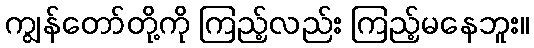
ကျွန်တော်တို့ကို ကြည့်လည်း ကြည့်မနေဘူး။